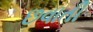
છવાતી